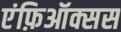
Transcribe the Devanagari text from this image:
एंफ़िऑक्सस